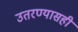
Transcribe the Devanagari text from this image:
उतरण्यासही